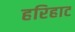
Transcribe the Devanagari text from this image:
हरिहाट